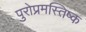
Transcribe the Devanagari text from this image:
पुरोप्रमस्तिष्क